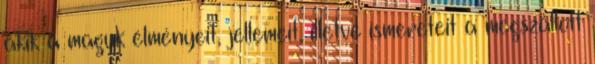
akik a maguk élményeit, jellemeit, illetve ismereteit a megszállott